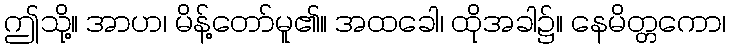
ဤသို့။ အာဟ၊ မိန့်တော်မူ၏။ အထခေါ၊ ထိုအခါ၌။ နေမိတ္တကော၊